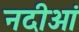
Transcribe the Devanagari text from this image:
नदीओं